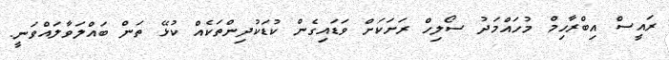
ރައީސް އިބްރާހިމް މުހައްމަދު ސޯލިހް ރަށަކަށް ވަޑައިގެން ކުޑަކުދިންތަކެއް ކުޅޭ ތަން ބައްލަވާލައްވަނީ.